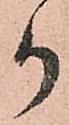
か